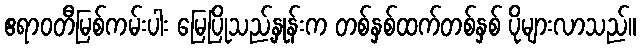
ဧရာဝတီမြစ်ကမ်းပါး မြေပြိုသည့်နှုန်းက တစ်နှစ်ထက်တစ်နှစ် ပိုများလာသည်။